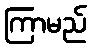
ကြာမည်